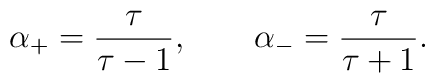
\alpha_+ = {\tau\over\tau - 1} , \qquad \alpha_- = {\tau\over \tau + 1} .